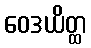
ဝေဒယိတ္ထ